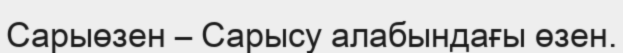
Сарыөзен – Сарысу алабындағы өзен.